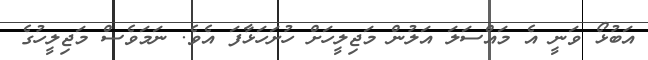
އަބުޅޯ ވަނީ އެ މައްސަލަ އަލުން މަޖިލީހަށް ހުށަހަޅާފަ އެވެ. ނަމަވެސް މަޖިލީހުގެ